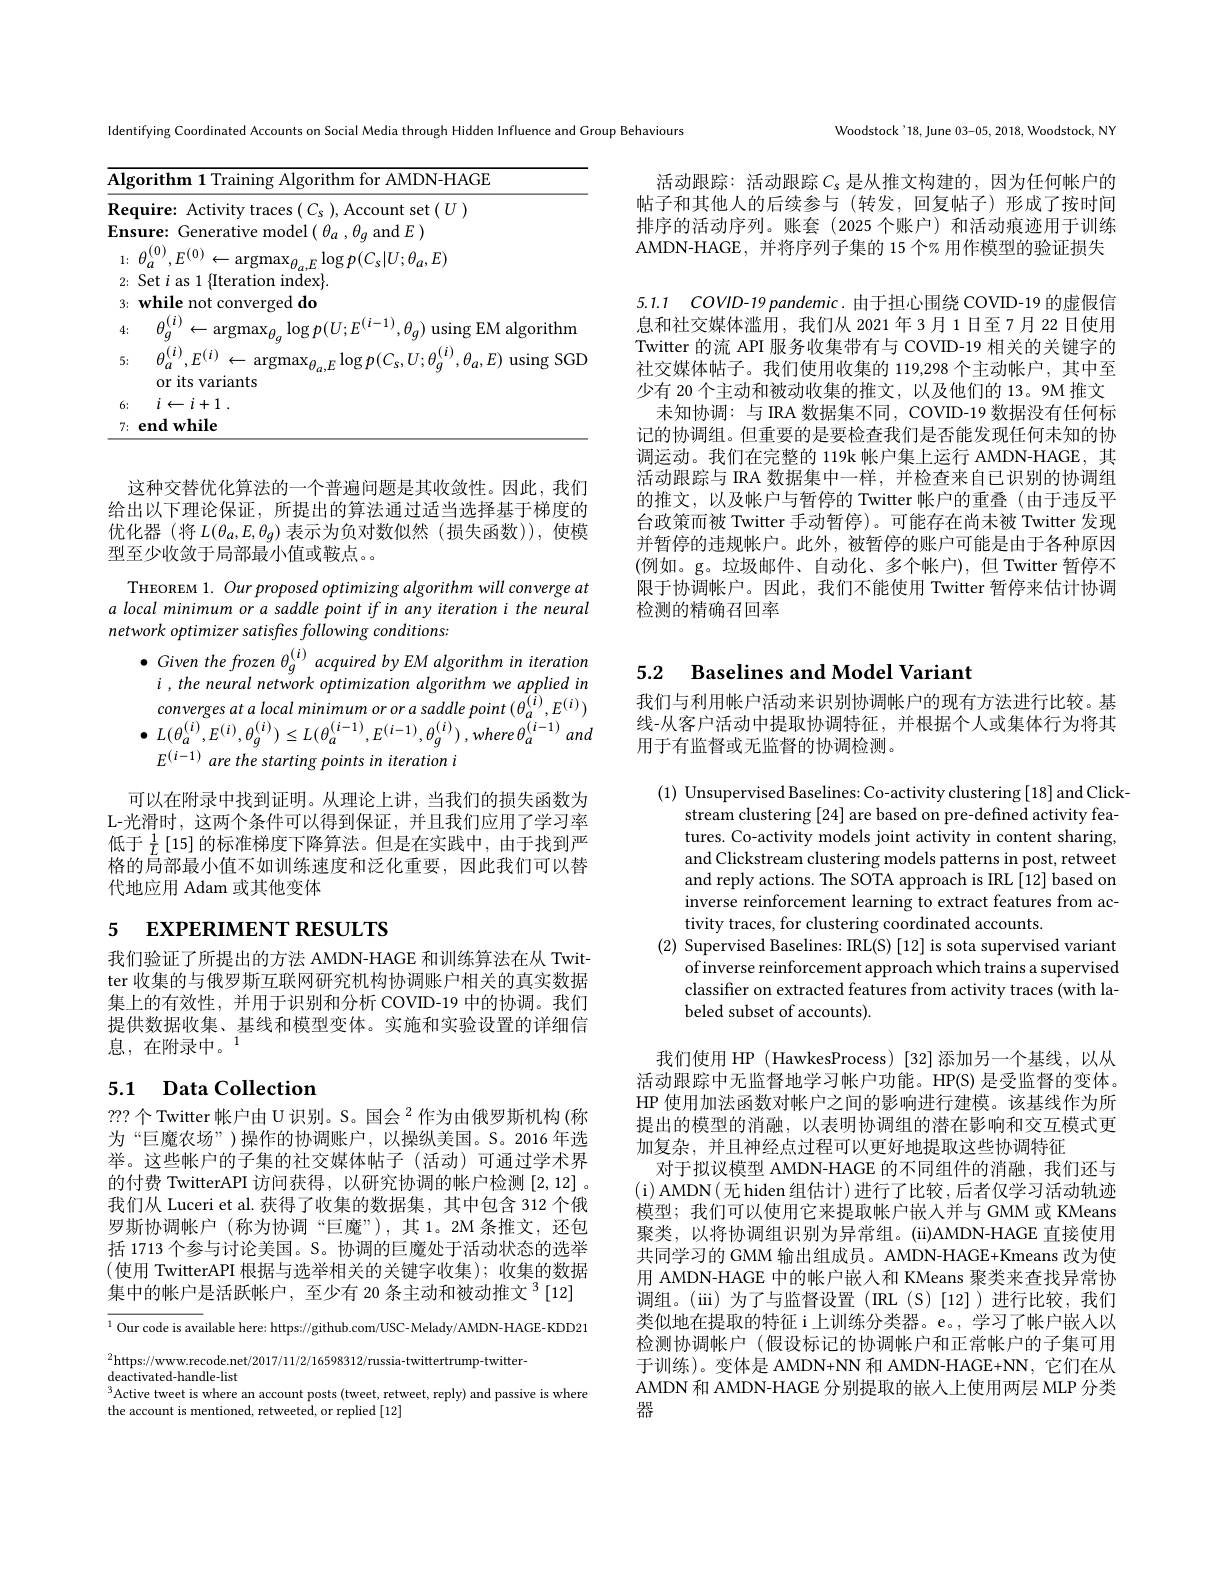
<table>
	<tbody>
		<tr>
			<td>$Al;$</td>
			<td>rithm for AMDN-HAGE rith $1\boldsymbol{\Upsilon al}$</td>
		</tr>
		<tr>
			<td>Re</td>
			<td>set$(T)$</td>
		</tr>
		<tr>
			<td>3</td>
			<td>whil not COnv $\mathbf{d}_{0}$</td>
		</tr>
		<tr>
			<td>4:</td>
			<td>$1(i)$ $\theta_{q})$ using EM algorithm $\leftarrow\operatorname{argmax}_{\theta_{a}}\log p(U;E^{(\boldsymbol{\iota}-\boldsymbol{\iota})}$ -1/ $I.f$</td>
		</tr>
		<tr>
			<td>5</td>
			<td>${\boldsymbol{\iota }})$ $F^{( i) }$ $\leftarrow\operatorname*{argmax}_{\theta_{a},E}\log p(C_{s},U$ $,\theta_{a},E)$using SGL $a_{1}$ or its variants</td>
		</tr>
		<tr>
			<td>6</td>
			<td> </td>
		</tr>
		<tr>
			<td>7</td>
			<td>${\mathrm{end~while}}$</td>
		</tr>
	</tbody>
</table>

这种交替优化算法的一个普遍问题是其收敛性。因此，我们给出以下理论保证，所提出的算法通过适当选择基于梯度的优化器 (将$L(\theta_a,E,\theta_g)$表示为负对数似然(损失函数)),使模型至少收敛于局部最小值或鞍点。。

THEOREM 1. Our proposed optimizing algorithm will converge at a local minimum or a saddle point if in any iteration i the neural network optimizer satisfles following conditions:
$\bullet$ Given the frozen $\theta_g^{(i)}$ acquired by EM algorithm in iteration
$i,the$ neural network optimization algorithm we applied in $convergesatalocalminimumororasaddlepoint\left(\theta_{a}^{(i)},E^{(i)}\right)$ $\bullet$ $L( \theta _{a}^{( i) }, E^{( i) }, \theta _{g}^{( i) }) \leq L( \theta _{a}^{( i- 1) }, E^{( i- 1) }, \theta _{g}^{( i) })$ $, where\theta _{a}^{( i- 1) }$ and $E^{( i- 1) }\textit{are the starting points in iteration i}$

可以在附录中找到证明。从理论上讲，当我们的损失函数为L-光滑时，这两个条件可以得到保证，并且我们应用了学习率低于$\frac1L[15]$的标准梯度下降算法。但是在实践中，由于找到严格的局部最小值不如训练速度和泛化重要，因此我们可以替代地应用 Adam 或其他变体

# 5 EXPERIMENT RESULTS

我们验证了所提出的方法 AMDN-HAGE 和训练算法在从 Twitter 收集的与俄罗斯互联网研究机构协调账户相关的真实数据集上的有效性，并用于识别和分析 COVID-19 中的协调。我们提供数据收集、基线和模型变体。实施和实验设置的详细信息，在附录中。$^{1}$

# 5.1 Data Collection

???个Twitter 帐户由 U 识别。S。国会 $^2$ 作为由俄罗斯机构(称为“巨魔农场”)操作的协调账户，以操纵美国。S。2016年选举。这些帐户的子集的社交媒体帖子(活动)可通过学术界的付费 TwitterAPI 访问获得，以研究协调的帐户检测[2,12] 。我们从 Luceri et al. 获得了收集的数据集，其中包含 312 个俄罗斯协调帐户(称为协调“巨魔”),其1。2M 条推文，还包括 1713 个参与讨论美国。S。协调的巨魔处于活动状态的选举(使用 TwitterAPI 根据与选举相关的关键字收集);收集的数据集中的帐户是活跃帐户，至少有 20 条主动和被动推文$^3[12]$

$^{1}$Our code is available here: https://github.com/USC- Melady/AMDN-HAGE- KDD21
$^2$https://www.recode.net/2017/11/2/16598312/russia-twittertrump-twitter-
deactivated-handle-list
$^{3}$Active tweet is where an account posts (tweet, retweet, reply) and passive is where
the account is mentioned, retweeted, or replied [12]

Woodstock'18, June 03-05, 20 18, Woodstock, NY

Identifying Coordinated Accounts on Social Media through Hidden Influence and Group Behaviours

活动跟踪：活动跟踪$C_s$是从推文构建的，因为任何帐户的帖子和其他人的后续参与(转发，回复帖子)形成了按时间排序的活动序列。账套(2025 个账户)和活动痕迹用于训练AMDN-HAGE , 并将序列子集的 15 个% 用作模型的验证损失

5.1.1 COVID-19 pandemic. 由于担心围绕 COVID-19 的虚假信息和社交媒体滥用，我们从 2021年 3月 1日至 7 月 22 日使用Twitter 的流 API 服务收集带有与 COVID-19 相关的关键字的社交媒体帖子。我们使用收集的 119,298 个主动帐户，其中至少有 20 个主动和被动收集的推文，以及他们的 13。9M 推文
未知协调：与 IRA 数据集不同，COVID-19 数据没有任何标记的协调组。但重要的是要检查我们是否能发现任何未知的协调运动。我们在完整的 119k 帐户集上运行 AMDN-HAGE,其活动跟踪与 IRA 数据集中一样，并检查来自已识别的协调组的推文，以及帐户与暂停的 Twitter 帐户的重叠(由于违反平台政策而被 Twitter 手动暂停)。可能存在尚未被 Twitter 发现并暂停的违规帐户。此外，被暂停的账户可能是由于各种原因(例如。g。垃圾邮件、自动化、多个帐户),但 Twitter 暂停不限于协调帐户。因此，我们不能使用 Twitter 暂停来估计协调检测的精确召回率

# 5.2 Baselines and Model Variant

我们与利用帐户活动来识别协调帐户的现有方法进行比较。基线-从客户活动中提取协调特征，并根据个人或集体行为将其用于有监督或无监督的协调检测。

(1) Unsupervised Baselines: Co-activity clustering[18]and Click-
stream clustering [24] are based on pre-defined activity features. Co-activity models joint activity in content sharing, and Clickstream clustering models patterns in post, retweet and reply actions. The SOTA approach is IRL[12] based on inverse reinforcement learning to extract features from activity traces, for clustering coordinated accounts.
(2) Supervised Baselines: IRL(S) [12] is sota supervised variant
ofinverse reinforcement approach which trains a supervised classifier on extracted features from activity traces (with labeled subset of accounts).

我们使用 HP (HawkesProcess)[32]添加另一个基线，以从活动跟踪中无监督地学习帐户功能。HP(S) 是受监督的变体。HP 使用加法函数对帐户之间的影响进行建模。该基线作为所提出的模型的消融，以表明协调组的潜在影响和交互模式更加复杂，并且神经点过程可以更好地提取这些协调特征
对于拟议模型 AMDN-HAGE 的不同组件的消融，我们还与(i)AMDN(无 hiden 组估计) 进行了比较，后者仅学习活动轨迹模型；我们可以使用它来提取帐户嵌人并与 GMM 或 KMeans 聚类，以将协调组识别为异常组。(ii)AMDN-HAGE 直接使用共同学习的 GMM 输出组成员。AMDN-HAGE+Kmeans 改为使用 AMDN-HAGE 中的帐户嵌人和 KMeans 聚类来查找异常协调组。(iii)为了与监督设置(IRL(S)[12])进行比较，我们类似地在提取的特征 i 上训练分类器。e。, 学习了帐户嵌人以检测协调帐户(假设标记的协调帐户和正常帐户的子集可用于训练)。变体是 AMDN+NN 和 AMDN-HAGE+NN, 它们在从AMDN 和 AMDN-HAGE 分别提取的嵌人上使用两层 MLP 分类器